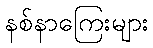
နစ်နာကြေးများ